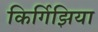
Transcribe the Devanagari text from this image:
किर्गिझिया